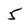
Character: 5